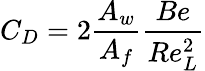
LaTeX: C_{D}=2{\frac{A_{w}}{A_{f}}}{\frac{Be}{Re_{L}^{2}}}